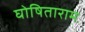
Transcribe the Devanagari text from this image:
घोषिताराम